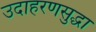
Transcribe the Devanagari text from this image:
उदाहरणसुद्धा